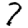
Digit: 7